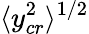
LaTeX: \langle y_{cr}^{2}\rangle^{1/2}